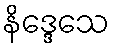
နိဒ္ဒေသေ